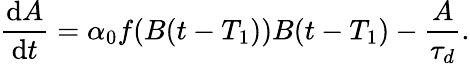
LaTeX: \frac{\mathrm{d}A}{\mathrm{d}t}=\alpha_{0}f(B(t-T_{1}))B(t-T_{1})-\frac{A}{\tau_{d}}.